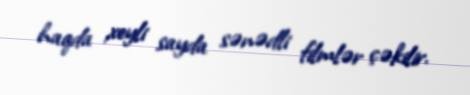
haqda xeyli sayda sənədli filmlər çəkilir.